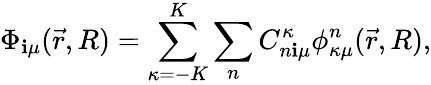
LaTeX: \Phi_{\mathbf{i}\mu}(\vec{{r}},R)=\sum_{\kappa=-K}^{K}\sum_{n}C_{n\mathbf{i}\mu}^{\kappa}\phi_{\kappa\mu}^{n}(\vec{{r}},R),